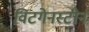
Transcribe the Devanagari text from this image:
विटगेनस्टीन